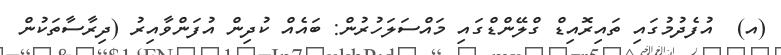
(އ)  އުފެދުމުގައި ތައިރޮއިޑް ގްލޭންޑްގައި މައްސަލަހުރުން: ބައެއް ކުދިން އުފަންވާއިރު (ދިރާސާތަކުން